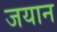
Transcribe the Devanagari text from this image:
जयान